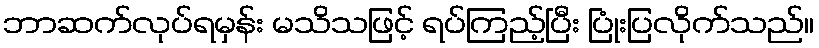
ဘာဆက်လုပ်ရမှန်း မသိသဖြင့် ရပ်ကြည့်ပြီး ပြုံးပြလိုက်သည်။